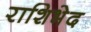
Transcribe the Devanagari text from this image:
राशिभेद